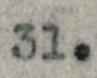
31.